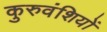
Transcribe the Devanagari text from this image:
कुरुवंशियों